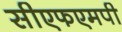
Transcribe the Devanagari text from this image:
सीएफएमपी